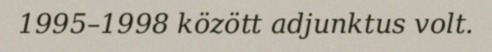
1995–1998 között adjunktus volt.